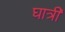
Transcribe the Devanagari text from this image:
घात्री